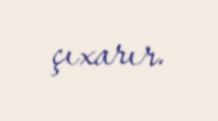
çıxarır.